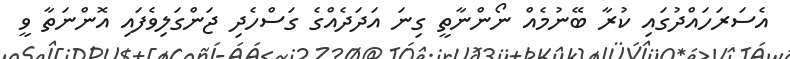
އެސަރަހައްދުގައި ކުރާ ބޭނުމެއް ނޯންނާތީ ގިނަ އަދަދެއްގެ ގަސްހެދި ޖަންގަލިވެފައި އޮންނަތާ ވީ